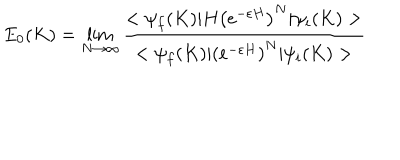
E _ { 0 } ( K ) = \lim _ { N \rightarrow \infty } \frac { < \psi _ { f } ( K ) | H \left( e ^ { - \varepsilon H } \right) ^ { N } | \psi _ { i } ( K ) > } { < \psi _ { f } ( K ) | \left( e ^ { - \varepsilon H } \right) ^ { N } | \psi _ { i } ( K ) > }